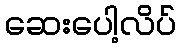
ဆေးပေါ့လိပ်